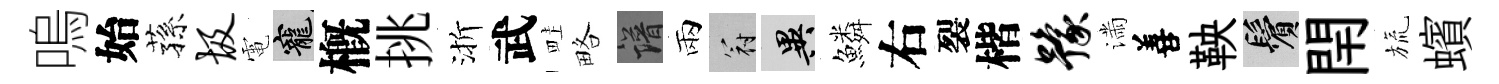
嗚始蓀圾電寵槪挑渐武畦略譜兩冠异鱗右裂楷豫滿善鞅鬢閈旒蠙